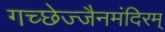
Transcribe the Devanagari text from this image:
गच्छेज्जैनमंदिरम्‌